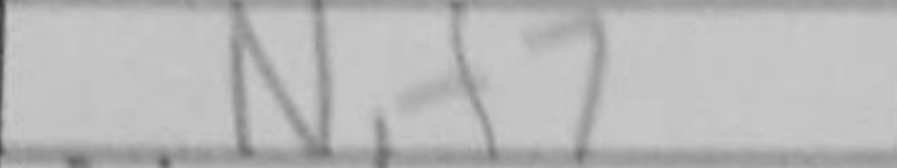
Transcription: Nf7